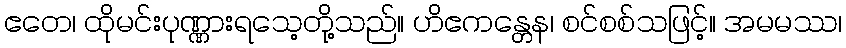
ဧတေ၊ ထိုမင်းပုဏ္ဏားရသေ့တို့သည်။ ဟိဧကန္တေန၊ စင်စစ်သဖြင့်။ အမမဿ၊